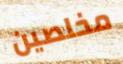
مخلصين